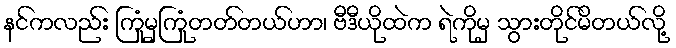
နင်ကလည်း ကြုံမှကြုံတတ်တယ်ဟာ၊ ဗီဒီယိုထဲက ရဲကိုမှ သွားတိုင်မိတယ်လို့